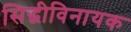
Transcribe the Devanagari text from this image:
सिद्धीविनायक